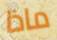
ماذا